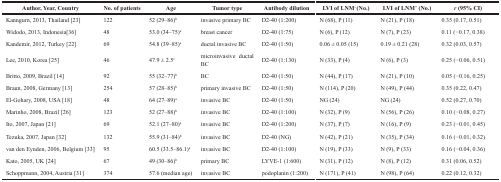
<table><thead><tr><td><b>Author, Year, Country</b></td><td><b>No. of patients</b></td><td><b>Age</b></td><td><b>Tumor type</b></td><td><b>Antibody dilution</b></td><td><b>LVI of LNM<sup>-</sup>(No.)</b></td><td><b>LVI of LNM<sup>+</sup>(No.)</b></td><td><b><i>r</i> (95% CI)</b></td></tr></thead><tbody><tr><td>Kanngurn, 2013, Thailand [23]</td><td>122</td><td>52 (29–86)<sup>b</sup></td><td>invasive primary BC</td><td>D2-40 (1:200)</td><td>N (68), P (11)</td><td>N (21), P (18)</td><td>0.35 (0.17, 0.51)</td></tr><tr><td>Widodo, 2013, Indonesia [36]</td><td>48</td><td>53.0 (34–75)<sup>a</sup></td><td>breast cancer</td><td>D2-40 (1:75)</td><td>N (6), P (12)</td><td>N (7), P (23)</td><td>0.11 (−0.17, 0.38)</td></tr><tr><td>Kandemir, 2012, Turkey [22]</td><td>69</td><td>54.8 (39–85)<sup>a</sup></td><td>ductal invasive BC</td><td>D2-40 (1:50)</td><td>0.06 ± 0.05 (15)</td><td>0.19 ± 0.21 (28)</td><td>0.32 (0.03, 0.57)</td></tr><tr><td>Lee, 2010, Korea [25]</td><td>46</td><td>47.9 ± 2.5<sup>c</sup></td><td>microinvasive ductal BC</td><td>D2-40 (1:130)</td><td>N (33), P (4)</td><td>N (6), P (3)</td><td>0.25 (−0.06, 0.51)</td></tr><tr><td>Britto, 2009, Brazil [14]</td><td>92</td><td>55 (32–77)<sup>b</sup></td><td>BC</td><td>D2-40 (1:50)</td><td>N (44), P (17)</td><td>N (21), P (10)</td><td>0.05 (−0.16, 0.25)</td></tr><tr><td>Braun, 2008, Germany [13]</td><td>254</td><td>57 (28–85)<sup>b</sup></td><td>primary invasive BC</td><td>D2-40 (1:50)</td><td>N (114), P (20)</td><td>N (49), P (44)</td><td>0.35 (0.22, 0.47)</td></tr><tr><td>El-Gohary, 2008, USA [18]</td><td>48</td><td>64 (27–89)<sup>a</sup></td><td>invasive BC</td><td>D2-40 (1:50)</td><td>NG (24)</td><td>NG (24)</td><td>0.52 (0.27, 0.70)</td></tr><tr><td>Marinho, 2008, Brazil [26]</td><td>123</td><td>52 (27–88)<sup>b</sup></td><td>invasive BC</td><td>D2-40 (1:100)</td><td>N (32), P (9)</td><td>N (56), P (26)</td><td>0.10 (−0.08, 0.27)</td></tr><tr><td>Ito, 2007, Japan [21]</td><td>69</td><td>52.1 (27–80)<sup>a</sup></td><td>invasive BC</td><td>D2-40 (1:200)</td><td>N (37), P (7)</td><td>N (16), P (9)</td><td>0.23 (−0.01, 0.45)</td></tr><tr><td>Tezuka, 2007, Japan [32]</td><td>132</td><td>55.9 (31–84)<sup>b</sup></td><td>invasive BC</td><td>D2-40 (NG)</td><td>N (42), P (21)</td><td>N (35), P (34)</td><td>0.16 (−0.01, 0.32)</td></tr><tr><td>van den Eynden, 2006, Belgium [33]</td><td>95</td><td>60.5 (33.5–86.1)<sup>a</sup></td><td>invasive BC</td><td>D2-40 (1:100)</td><td>N (19), P (33)</td><td>N (9), P (33)</td><td>0.16 (−0.04, 0.36)</td></tr><tr><td>Kato, 2005, UK [24]</td><td>67</td><td>49 (30–86)<sup>b</sup></td><td>primary BC</td><td>LYVE-1 (1:600)</td><td>N (31), P (12)</td><td>N (8), P (12)</td><td>0.31 (0.06, 0.52)</td></tr><tr><td>Schoppmann, 2004, Austria [31]</td><td>374</td><td>57.6 (median age)</td><td>invasive BC</td><td>podoplanin (1:200)</td><td>N (171), P (41)</td><td>N (98), P (64)</td><td>0.22 (0.12, 0.32)</td></tr></tbody></table>